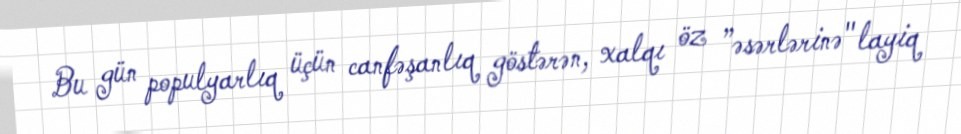
Bu gün populyarlıq üçün canfəşanlıq göstərən, xalqı öz ”əsərlərinə" layiq